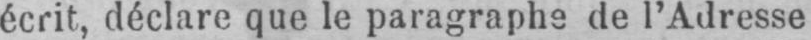
écrit, déclare que le paragraphe de l’Adresse